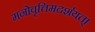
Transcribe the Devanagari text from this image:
मनोवृत्तिमदर्शयत्।